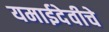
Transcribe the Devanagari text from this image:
यमाईदेवीचे